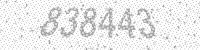
Solution: 838443